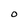
Character: O